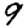
Digit: 9